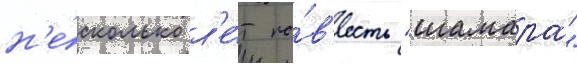
н'е́сколько л'е́т по́в'есть "шамара"